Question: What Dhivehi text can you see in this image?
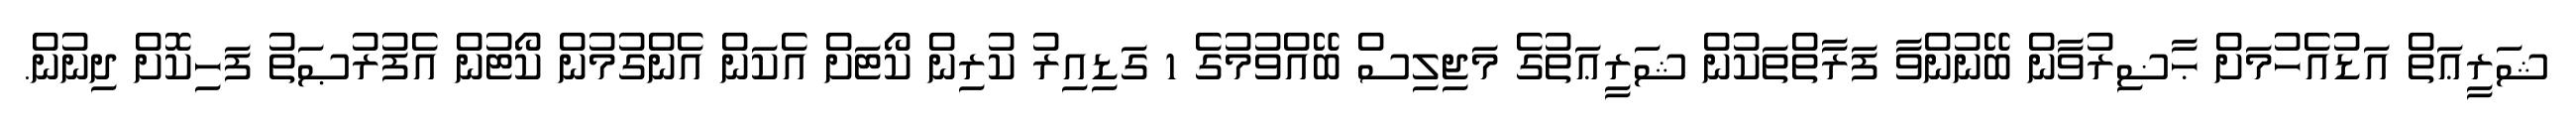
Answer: ޝަރީޢަތް އަޑުއެހުމަށް ޙާޟިރުވާން ބޭނުންވާ ފަރާތްތަކުން ޝަރީޢަތުގެ މަޖިލިސް ބޭއްވުމުގެ 1 ގަޑިއިރު ކުރިން ކޯޓަށް އެކަން އެންގުމުން ކޯޓުން އެފުރުޞަތު ފަހިކޮށް ދިނުން.